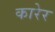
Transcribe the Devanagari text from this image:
कारेर